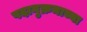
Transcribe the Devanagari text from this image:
पदानुक्रमाच्या